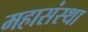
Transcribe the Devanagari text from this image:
महासंस्था